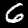
Label: 6